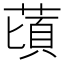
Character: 䔛